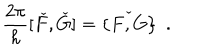
LaTeX: \frac { 2 \pi } { h } [ \check { F } , \check { G } ] = \check { \{ F , G \} } ~ ~ .